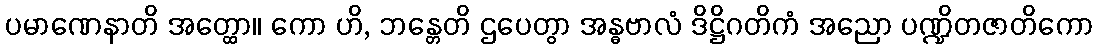
ပမာဏေနာတိ အတ္ထော။ ကော ဟိ, ဘန္တေတိ ဌပေတွာ အန္ဓဗာလံ ဒိဋ္ဌိဂတိကံ အညော ပဏ္ဍိတဇာတိကော